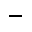
\bar { }